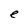
Character: e